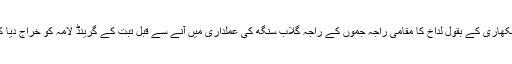
انگریز لکھاری کے بقول لداخ کا مقامی راجہ جموں کے راجہ گلاب سنگھ کی عملداری میں آنے سے قبل تبت کے گرینڈ لامہ کو خراج دیا کرتا تھا۔